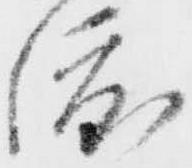
渡